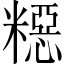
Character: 𥼳